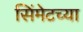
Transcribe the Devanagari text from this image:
सिंमेटच्या